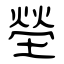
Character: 塋